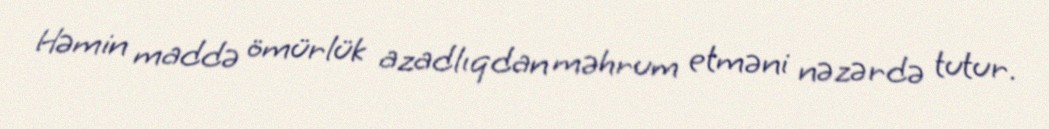
Həmin maddə ömürlük azadlıqdan məhrum etməni nəzərdə tutur.